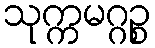
သုက္ကမဂ္ဂဉ္စ